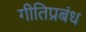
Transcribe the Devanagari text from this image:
गीतिप्रबंध